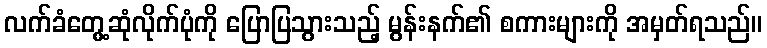
လက်ခံတွေ့ဆုံလိုက်ပုံကို ပြောပြသွားသည့် မွန်းနက်၏ စကားများကို အမှတ်ရသည်။